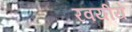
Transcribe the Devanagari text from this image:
रवयीये